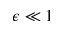
\epsilon \ll 1